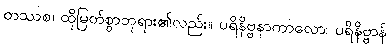
တဿစ၊ ထိုမြတ်စွာဘုရား၏လည်း။ ပရိနိဗ္ဗနာကာလော၊ ပရိနိဗ္ဗာန်